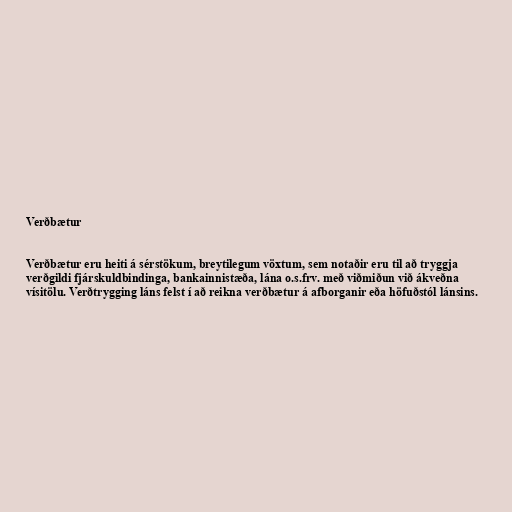
Verðbætur

Verðbætur eru heiti á sérstökum, breytilegum vöxtum, sem notaðir eru til að tryggja
verðgildi fjárskuldbindinga, bankainnistæða, lána o.s.frv. með viðmiðun við ákveðna
vísitölu. Verðtrygging láns felst í að reikna verðbætur á afborganir eða höfuðstól lánsins.